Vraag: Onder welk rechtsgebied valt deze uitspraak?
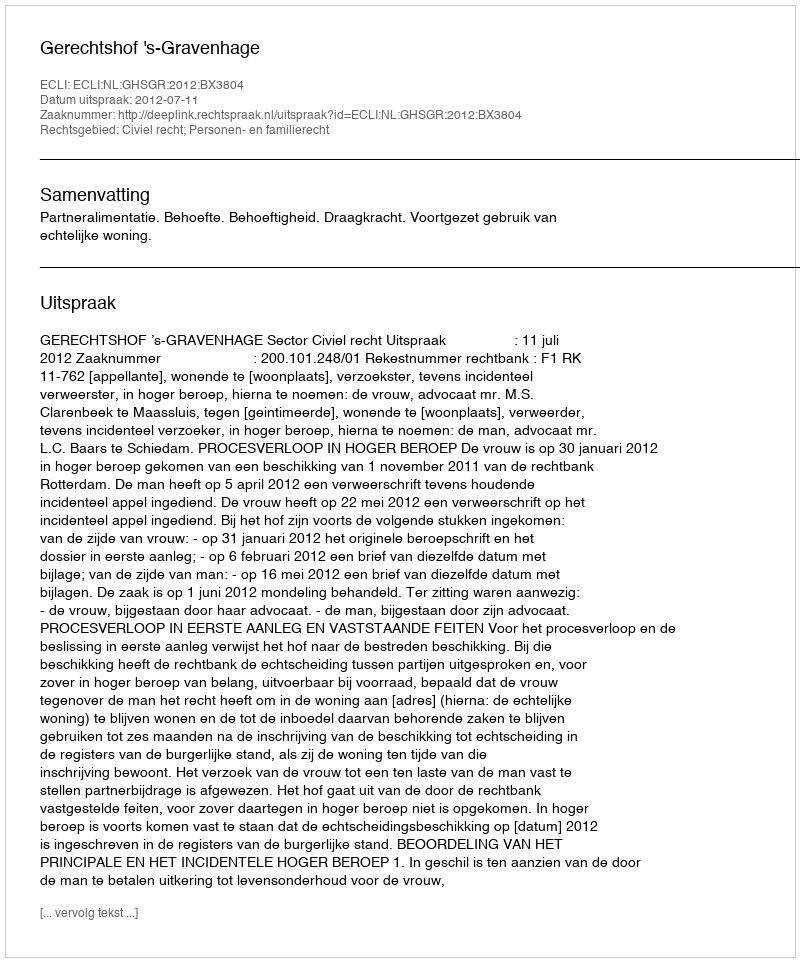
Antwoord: Civiel recht; Personen- en familierecht